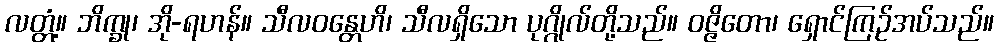
လတ္တံ့။ ဘိက္ခု၊ အို-ရဟန်။ သီလဝန္တေဟိ၊ သီလရှိသော ပုဂ္ဂိုလ်တို့သည်။ ဝဇ္ဇိတော၊ ရှောင်ကြဉ်အပ်သည်။